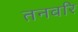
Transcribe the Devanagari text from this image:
तनवरि